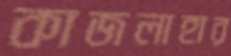
কাজলাহার